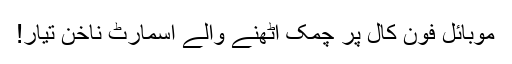
موبائل فون کال پر چمک اٹھنے والے اسمارٹ ناخن تیار!